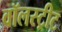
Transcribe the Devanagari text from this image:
वॉलस्ट्रीट